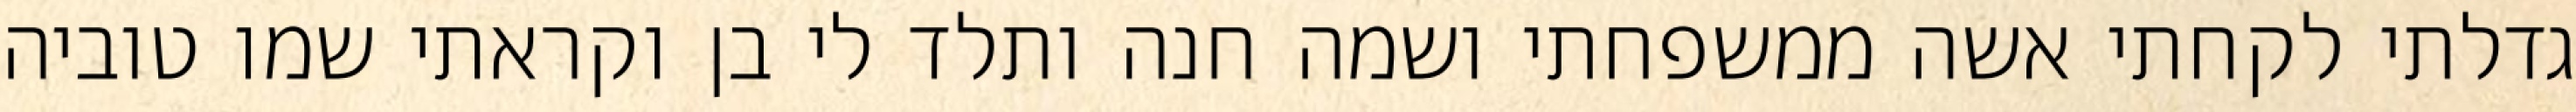
גדלתי לקחתי אשה ממשפחתי ושמה חנה ותלד לי בן וקראתי שמו טוביה